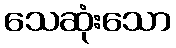
သေဆုံးသော